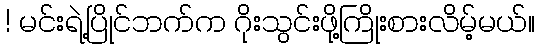
! မင်းရဲ့ပြိုင်ဘက်က ဂိုးသွင်းဖို့ကြိုးစားလိမ့်မယ်။